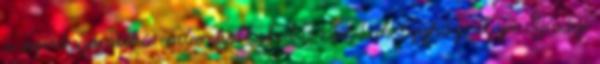
a segítő szándékú embereket, ahol a Vár-Lak Egyházmegyei Ifjúsági